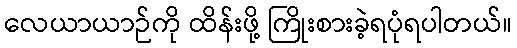
လေယာယာဉ်ကို ထိန်းဖို့ ကြိုးစားခဲ့ရပုံရပါတယ်။